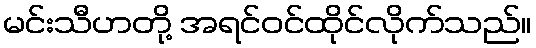
မင်းသီဟတို့ အရင်ဝင်ထိုင်လိုက်သည်။